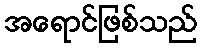
အရောင်ဖြစ်သည်